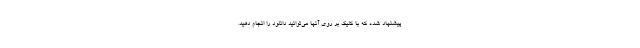
پیشنهاد شده که با کلیک بر روی آنها می‌توانید دانلود را انجام دهید.